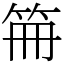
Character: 笧